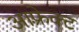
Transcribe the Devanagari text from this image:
आफ़्रेक्ट